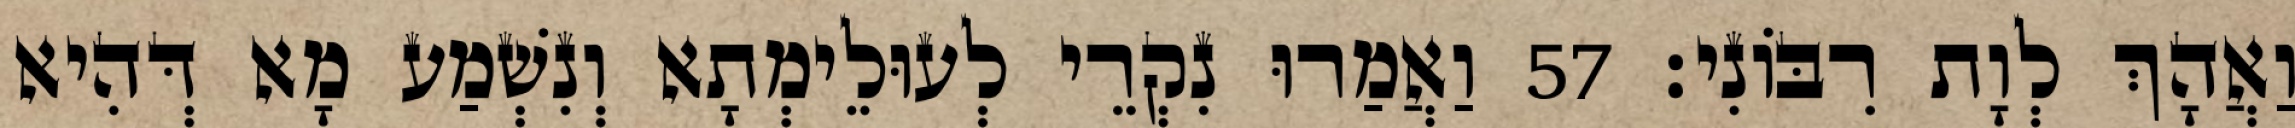
וַאֲהָךְ לְוָת רִבּוֹנִי׃ 57 וַאֲמַרוּ נִקְרֵי לְעוּלֵימְתָא וְנִשְׁמַע מָא דְּהִיא